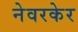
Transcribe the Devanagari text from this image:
नेवरकेर